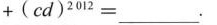
+ ( c d ) ^ { 2 0 1 2 } = ___$$.